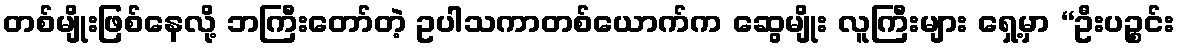
တစ်မျိုးဖြစ်နေလို့ ဘကြီးတော်တဲ့ ဥပါသကာတစ်ယောက်က ဆွေမျိုး လူကြီးများ ရှေ့မှာ “ဦးပဉ္စင်း